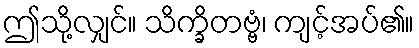
ဤသို့လျှင်။ သိက္ခိတဗ္ဗံ၊ ကျင့်အပ်၏။